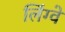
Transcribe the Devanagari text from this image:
लिंग्वे